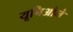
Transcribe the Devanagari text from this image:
यूनिओने